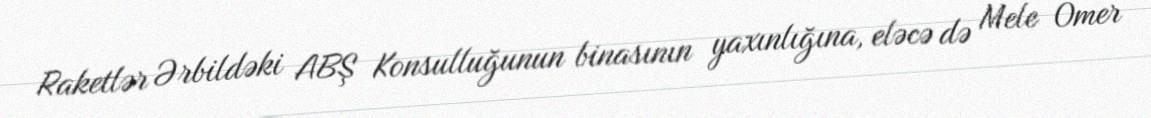
Raketlər Ərbildəki ABŞ Konsulluğunun binasının yaxınlığına, eləcə də Mele Omer